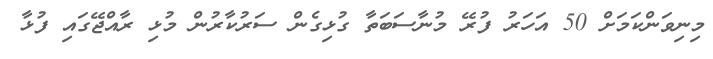
މިނިވަންކަމަށް 50 އަހަރު ފުރޭ މުނާސަބަތާ ގުޅިގެން ސަރުކާރުން މުޅި ރާއްޖޭގައި ފުޅާ